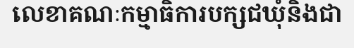
លេខាគណៈកម្មាធិការបក្សជឃុំនិងជា